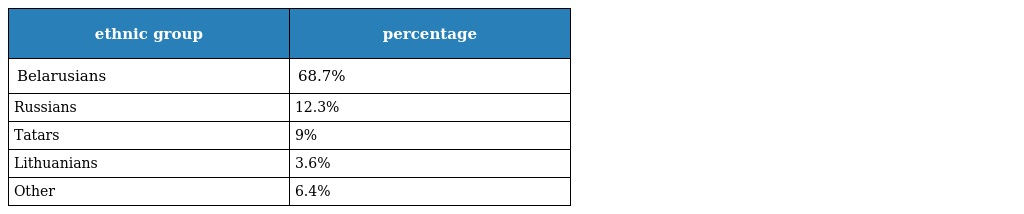
| ethnic group | percentage |
 | --- | --- |
 | Belarusians | 68.7% |
 | Russians | 12.3% |
 | Tatars | 9% |
 | Lithuanians | 3.6% |
 | Other | 6.4% |